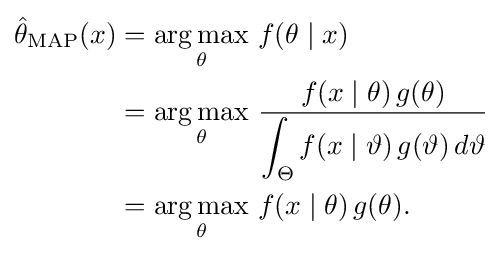
{\begin{aligned}{\hat {\theta }}_{\mathrm {MAP} }(x)&={\underset {\theta }{\operatorname {arg\,max} }}\ f(\theta \mid x)\\&={\underset {\theta }{\operatorname {arg\,max} }}\ {\frac {f(x\mid \theta )\,g(\theta )}{\displaystyle \int _{\Theta }f(x\mid \vartheta )\,g(\vartheta )\,d\vartheta }}\\&={\underset {\theta }{\operatorname {arg\,max} }}\ f(x\mid \theta )\,g(\theta ).\end{aligned}}\!